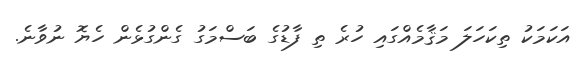
އަކަމަކު ތިކަހަލަ މަޤާމެއްގައި ހުރެ ތި ފާޑުގެ ބަސްމަގު ގެންގުޅެން ހެޔޮ ނުވާނެ.